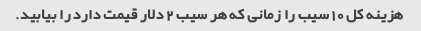
هزینه کل 10 سیب را زمانی که هر سیب 2 دلار قیمت دارد را بیابید.